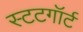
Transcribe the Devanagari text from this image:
स्टटगॉर्ट